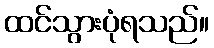
ထင်သွားပုံရသည်။